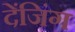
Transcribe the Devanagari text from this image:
देंजिंग